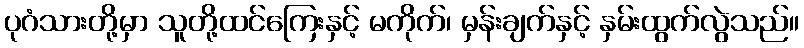
ပုဂံသားတို့မှာ သူတို့ထင်ကြေးနှင့် မကိုက်၊ မှန်းချက်နှင့် နှမ်းထွက်လွဲသည်။